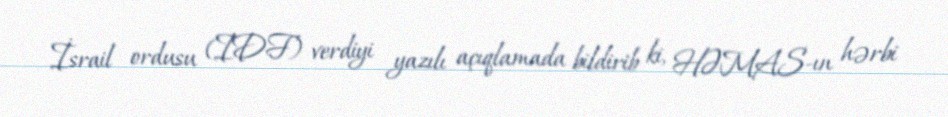
İsrail ordusu (IDF) verdiyi yazılı açıqlamada bildirib ki, HƏMAS-ın hərbi